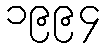
၁၉၉၄